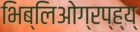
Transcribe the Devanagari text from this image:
भिब्लिओग्रप्ह्य्